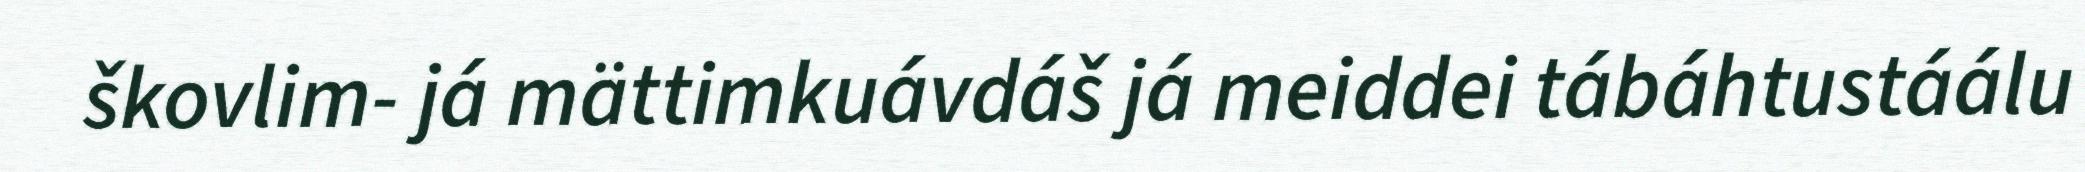
škovlim- já mättimkuávdáš já meiddei tábáhtustáálu